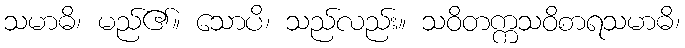
သမာဓိ၊ မည်၏။ သောပိ၊ သည်လည်း။ သဝိတက္ကသဝိစာရသမာဓိ၊